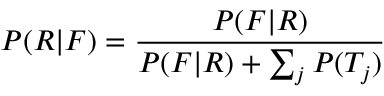
P ( R | F ) = { \frac { P ( F | R ) } { P ( F | R ) + \sum _ { j } { P ( T _ { j } ) } } }